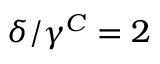
\delta / \gamma ^ { C } = 2